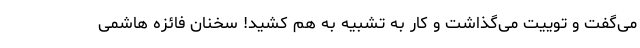
می‌گفت و توییت می‌گذاشت و کار به تشبیه به هم کشید! سخنان فائزه هاشمی